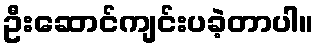
ဦးဆောင်ကျင်းပခဲ့တာပါ။